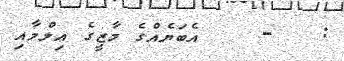
:   -    އެބަޔެއްގެ މާޒީގެ ޢިލްމާއި